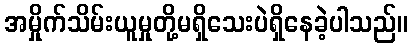
အမှိုက်သိမ်းယူမှုတို့မရှိသေးပဲရှိနေခဲ့ပါသည်။